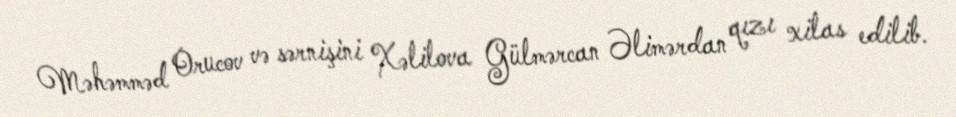
Məhəmməd Orucov və sərnişini Xəlilova Gülmərcan Əlimərdan qızı xilas edilib.